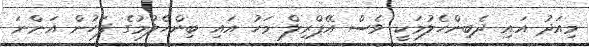
މިއަދު އައި ދެބިންހެލުމަކީ ވެސް އޭޕްރިލް މަހު އައި ބިންހެލުމުގެ ފަހުން އަންނަ